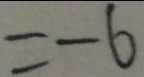
= - 6